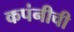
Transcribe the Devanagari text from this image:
कपंनीची